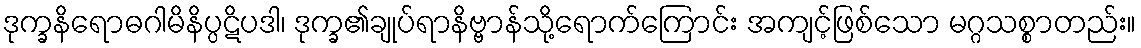
ဒုက္ခနိရောဓဂါမိနိပ္ပဋိပဒါ၊ ဒုက္ခ၏ချုပ်ရာနိဗ္ဗာန်သို့ရောက်ကြောင်း အကျင့်ဖြစ်သော မဂ္ဂသစ္စာတည်း။